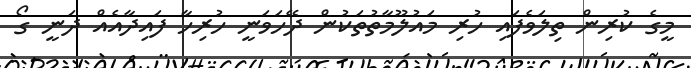
މީގެ ކުރިން ތިލަވެފައި ހުރި މައުލޫމާތުތަކުން ދޭހަވަނީ ހުރިހާ ފައިދާއެއް ދަނީ ގޯ